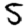
Digit: 5